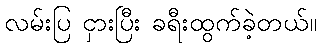
လမ်းပြ ငှားပြီး ခရီးထွက်ခဲ့တယ်။